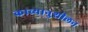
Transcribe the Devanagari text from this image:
काव्यानुशीलन